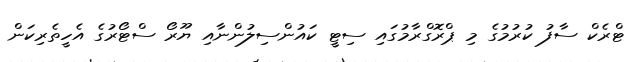
ޓްރެކް ސާފު ކުރުމުގެ މި ޕްރޮގްރާމުގައި ސިޓީ ކައުންސިލުންނާއި ޔޫރޯ ސްޓޯރުގެ އެހީތެރިކަން